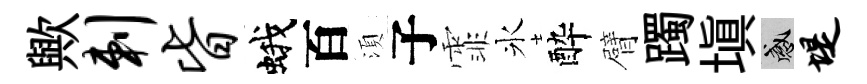
歟剌皆蛾百湏子霏氷酔臂躅填感堤